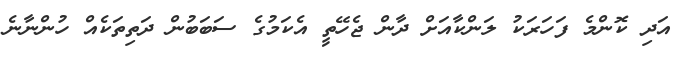
އަދި ކޮންމެ ފަހަރަކު ލަންކާއަށް ދާން ޖެހޭތީ އެކަމުގެ ސަބަބުން ދަތިތަކެއް ހުންނާނެ